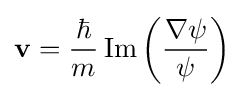
\mathbf {v} ={\frac {\hbar }{m}}\operatorname {Im} \left({\frac {\nabla \psi }{\psi }}\right)